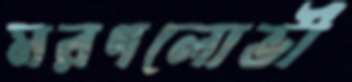
মরণলোভী